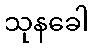
သုနခေါ